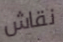
نقاش